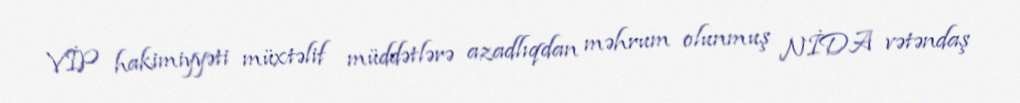
VİP hakimiyyəti müxtəlif müddətlərə azadlıqdan məhrum olunmuş NİDA vətəndaş